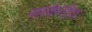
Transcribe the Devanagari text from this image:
मारकेनटिया